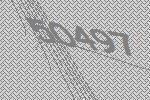
50497